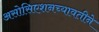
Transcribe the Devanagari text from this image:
असोसिएशनच्यावतीने